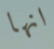
انها